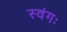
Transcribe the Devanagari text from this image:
स्वंगः